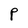
Character: P